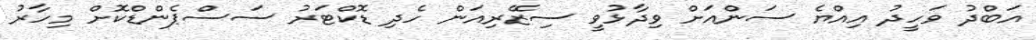
އަބްދު ވަހީދު އިއްޔެ ސަންއަށް ވިދާޅުވީ ސިޒޭރިއަން ހެދި ޑޮކްޓަރު ސަސްޕެންޑްކޮށް މިހާރު